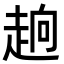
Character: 𮚹